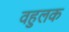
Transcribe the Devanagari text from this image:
वहुलक